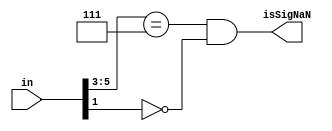
module
    isSigNaNRecFN#(parameter expWidth = 3, parameter sigWidth = 3) (
        input [(expWidth + sigWidth):0] in, output isSigNaN
    );

    wire isNaN =
        (in[(expWidth + sigWidth - 1):(expWidth + sigWidth - 3)] == 'b111);
    assign isSigNaN = isNaN && !in[sigWidth - 2];

endmodule